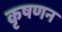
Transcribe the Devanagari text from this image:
कृषणन